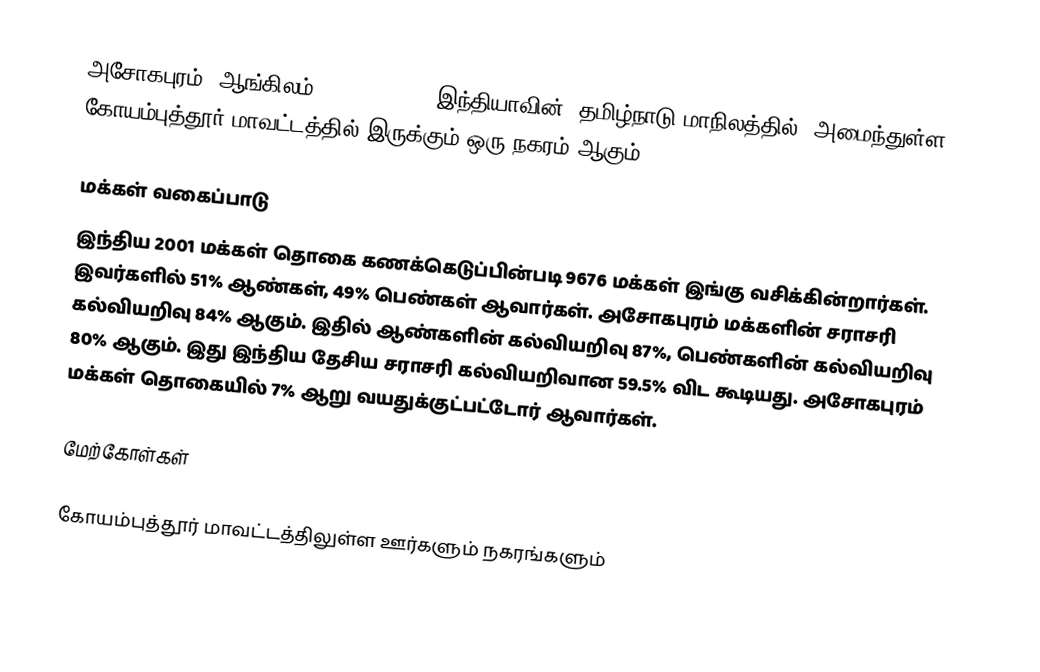
அசோகபுரம் (ஆங்கிலம்:Ashokapuram), இந்தியாவின், தமிழ்நாடு மாநிலத்தில், அமைந்துள்ள கோயம்புத்தூர் மாவட்டத்தில் இருக்கும் ஒரு நகரம் ஆகும்.

மக்கள் வகைப்பாடு
இந்திய 2001 மக்கள் தொகை கணக்கெடுப்பின்படி 9676 மக்கள் இங்கு வசிக்கின்றார்கள். இவர்களில் 51% ஆண்கள், 49% பெண்கள் ஆவார்கள். அசோகபுரம் மக்களின் சராசரி கல்வியறிவு 84% ஆகும். இதில் ஆண்களின் கல்வியறிவு 87%, பெண்களின் கல்வியறிவு 80% ஆகும். இது இந்திய தேசிய சராசரி கல்வியறிவான 59.5% விட கூடியது. அசோகபுரம் மக்கள் தொகையில் 7% ஆறு வயதுக்குட்பட்டோர் ஆவார்கள்.

மேற்கோள்கள்

கோயம்புத்தூர் மாவட்டத்திலுள்ள ஊர்களும் நகரங்களும்